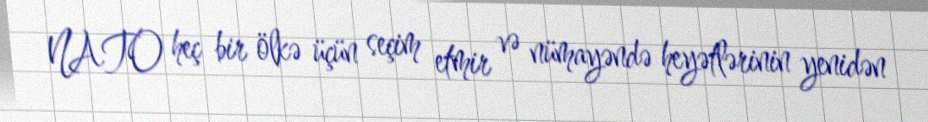
NATO heç bir ölkə üçün seçim etmir və nümayəndə heyətlərinin yenidən